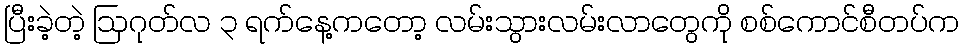
ပြီးခဲ့တဲ့ ဩဂုတ်လ ၃ ရက်နေ့ကတော့ လမ်းသွားလမ်းလာတွေကို စစ်ကောင်စီတပ်က